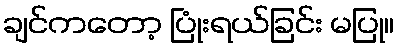
ချင်ကတော့ ပြုံးရယ်ခြင်း မပြု။